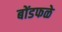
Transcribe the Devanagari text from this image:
बोंडफळे